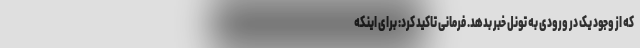
که از وجود یک در ورودی به تونل خبر بدهد. فرمانی تاکید کرد: برای اینکه